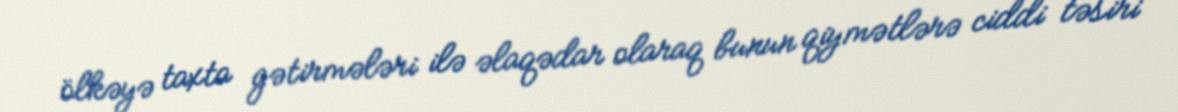
ölkəyə taxta gətirmələri ilə əlaqədar olaraq bunun qiymətlərə ciddi təsiri